Report of the Indian Hemp Drugs Commission, 1894-1895 - Volume VII
Year: 1894
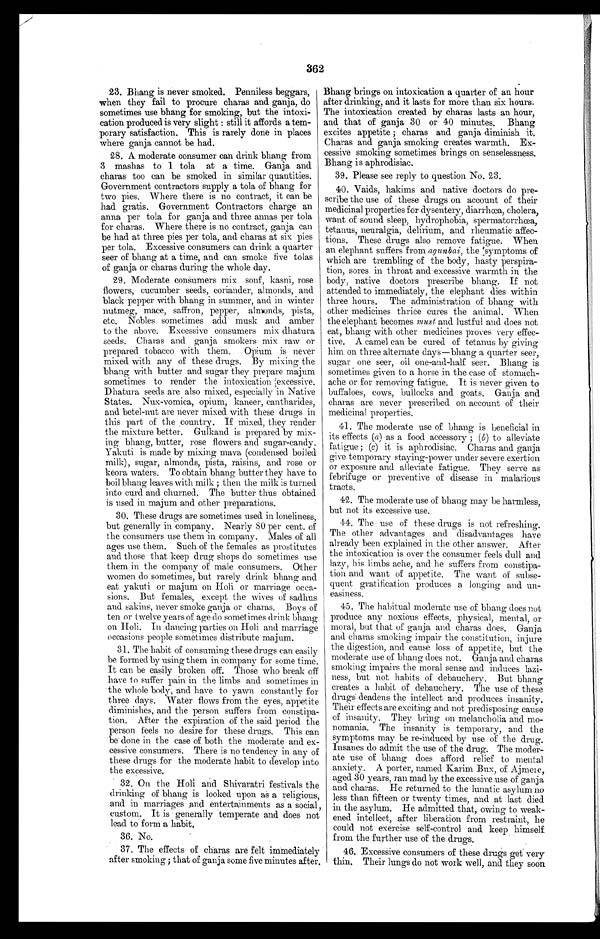
362
23. Bhang is never smoked. Penniless beggars,
when they fail to procure charas and. ganja, do
sometimes use bhang for smoking, but the intoxi
-cation produced is very slight : still it affords a tem
-porary satisfaction. This is rarely done in places
where ganja cannot be had.
28. A moderate consumer can drink bhang from
3 mashas to 1 tola at a time. Ganja and
charas too can be smoked in similar quantities.
Government contractors supply a tola of bhang for
two pies. Where there is no contract, it can be
had gratis. Government Contractors charge an
anna per tola for ganja and three annas per tola
for charas. Where there is no contract, ganja can
be had at three pies per tola, and charas at six pies
per tola. Excessive consumers can drink a quarter
seer of bhang at a time, and can smoke five tolas
of ganja or charas during the whole day.
29. Moderate consumers mix sonf, kasni, rose
flowers, cucumber seeds, coriander, almonds, and
black pepper with bhang in summer, and in winter
nutmeg, mace, saffron, pepper, almonds, pista,
etc. Nobles sometimes add musk and amber
to the above. Excessive consumers mix dhatura
seeds. Charas and ganja smokers mix raw or
prepared tobacco with them. Opium is never
mixed with any of these drugs. By mixing the
bhang with butter and sugar they prepare majum
sometimes to render the intoxication excessive.
Dhatura seeds are also mixed, especially in Native
States. Nux-vomica, opium, kaneer, cantharides,
and betel-nut are never mixed. with these drugs in
this part of the country. If mixed, they render
the mixture better. Gulkand is prepared by mix
-ing bhang, butter, rose flowers and sugar-candy.
Yakuti is made by mixing mava (condensed boiled
milk), sugar, almonds, pista, raisins, and rose or
keora waters. To obtain bhang butter they have to
boil bhang leaves with milk ; then the milk is turned
into curd and churned. The butter thus obtained
is used in majum and other preparations.
30. These drugs are sometimes used in loneliness,
but generally in company. Nearly 80 per cent. of
the consumers use them in company. Males of all
ages use them. Such of the females as prostitutes
and those that keep drug shops do sometimes use
them in the company of male consumers. Other
women do sometimes, but rarely drink bhang and
eat yakuti or majum on Holi or marriage occa
-sions. But females, except the wives of sadhus
and sakins, never smoke ganja or charas. Boys of
ten or twelve years of age do sometimes drink bhang
on Holi. In dancing parties on Hob and marriage
occasions people sometimes distribute majum.
31. The habit of consuming these drugs can easily
be formed by using them in company for some time.
It can be easily broken off. Those who break off
have to suffer pain in the limbs and sometimes in
the whole body, and have to yawn constantly for
three days. Water flows from the eyes, appetite
diminishes, and the person suffers from constipa
-tion. After the expiration of the said period the
person feels no desire for these drugs. This can
be done in the case of both the ,moderate and ex
-cessive consumers. There is no tendency in any of
these drugs for the moderate habit to develop into
the excessive.
32. On the Holi and Shivaratri festivals the
drinking of bhang is looked upon as a religious
, a n d i n m a r r i a g e s a n d e n t e r t a i n m e n t s a s a s o c i a l
custom. It is generally temperate and does not
lead to form a habit.
36. No.
37. The effects of charas are felt inimediately
after smoking ; that of ganja some five minutes after.
Bhang brings on intoxication a quarter of an hour
after drinking, and it lasts for more than six hours.
The intoxication created by charas lasts an hour,
and that of ganja 30 or 40 minutes. Bhang
excites appetite ; charas and ganja diminish it.
Charas and. ganja smoking creates warmth. Ex
- c e s s i v e s m o k i n g s o m e t i m e s b r i n g s o n s e n s e l e s s n e s s .
Bhang is aphrodisiac.
39. Please see reply to question No. 23.
40. Vaids, hakims and native doctors do pre
- s c r i b e t h e u s e o f t h e s e d r u g s o n a c c o u n t o f t h e i r
medicinal properties for dysentery, diarrhoea, cholera,
want of sound sleep, hydrophobia, spermatorrhœa,
tetanus, neuralgia, delirium, and rheumatic affec
-tions. These drugs also remove fatigue. When
an elephant suffers from agunbai, the symptoms of
which are trembling of the body, hasty perspira
-tion, sores in throat and excessive warmth in the
body, native doctors prescribe bhang. If not
attended to immediately, the elephant dies within
three hours. The administration of bhang with
other medicines thrice cures the animal. When
the elephant becomes must and lustful and. does not
eat, bhang with other medicines proves very effec
-tive. A camel can be cured of tetanus by giving
him on three alternate days—bhang a quarter seer,
sugar one seer, oil one-and-half seer. Bhang is
sometimes given to a horse in the ease of stomach
-ache or for removing fatigue. It is never given to
buffaloes, cows, bullocks and goats. Ganja and
charas are never prescribed. on account of their
medicinal properties.
41. The moderate use of bhang is beneficial in
its effects (a) as a food. accessory ; (b) to alleviate
fatigue ; (c) it is aphrodisiac. Charas and. ganja
give temporary staying-power under severe exertion
or exposure and alleviate fatigue. They serve as
febrifuge or preventive of disease in malarious
tracts.
42. The moderate use of bhang may be harmless,
but not its excessive use.
44. The use of these drugs is not refreshing.
The other advantages and. disadvantages have
already been explained in the other answer. After
the intoxication is over the consumer feels dull and
lazy, his limbs ache, and he suffers from constipa
-tion and want of appetite. The want of subse
-quent gratification produces a longing and. un
-easiness.
45. The habitual moderate use of bhang does not
produce any noxious effects, physical, mental, or
moral, but that of ganja and charas does. Ganja
and charas smoking impair the constitution, injure
the digestion, and cause loss of appetite, but the
moderate use of bhang does not. Ganja and charas
smoking impairs the moral sense and induces lazi
-ness, but not habits of debauchery. But bhang
creates a habit of debauchery. The use of these
drugs deadens the intellect and produces insanity.
Their effects are exciting and. not predisposing cause
of insanity. They bring on melancholia and mo
-nomania. The insanity is temporary, and flue
symptoms may be re-induced by use of the drug.
Insanes do admit the use of the drug. The moder
-ate use of bhang does afford relief to mental
anxiety. A porter, named Karim Bux, of Ajmeie,
aged 30 years, ran mad by the excessive use of ganja
and charas. He returned. to the lunatic asylum no
less than fifteen or twenty times, and at last died
in the asylum. He admitted that, owing to weak
-ened intellect, after liberation from restraint, he
could not exercise self-control and keep himself
from the further use of the drugs.
46. Excessive consumers of these drugs get very
thin. Their lungs do not work well, and they soon